Leaving Certificate Examination (including Day School Certificate (Higher) General paper), 1930
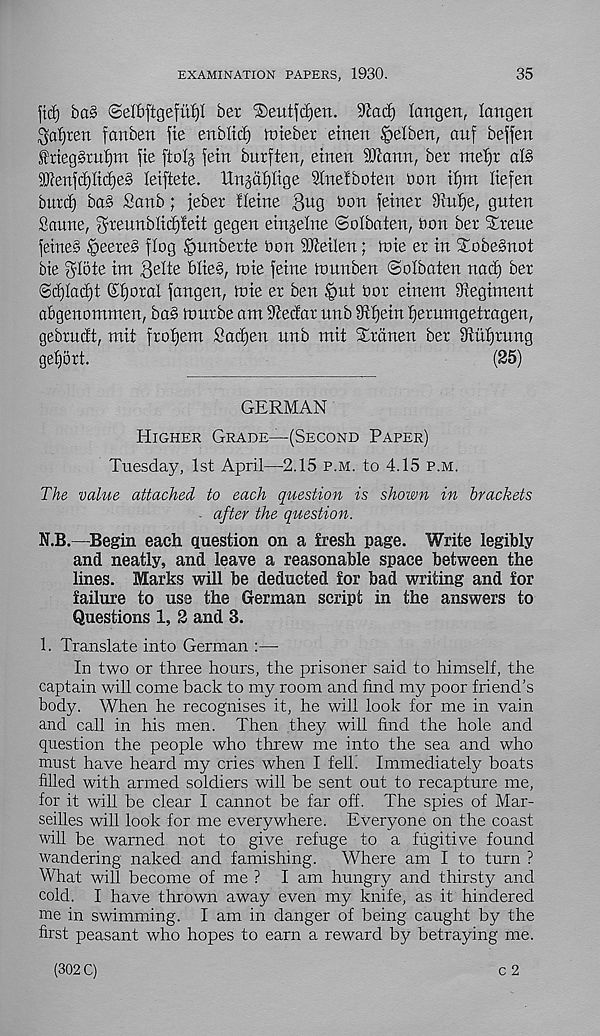
EXAMINATION PAPERS, 1930.
35
fid) ba§ ©elbftgefuf)! ber ®eutfd)en. 5Rad) langen, langen
^ai)cen fanben fie ertblid) toieber einen ^elben, aitf beffen
friegsrul)m fie ftolj fein burften, einert ®ann, ber meljr al§
iUienfd)Iid)e§ leiftete. UnjdI)Iige Sine! bo ten oon if)m liefen
burd) bag Sanb; feber tleine 3^9 btm feiner diutje, guten
Saune, ^reunblidjMt gegen eingeine Solbaten, oon ber Sreue
feineg ^eereg flog gmnberte Oon SUleilen; toie er in Xobegnot
bie glote im Belte blieg, toie feine tounben ©olbaten nad) ber
@d)Iad)t (St)oral fangen, inie er ben ^)ut bor einem Dtegiment
abgenomnten, bag tourbe am 9ledar nnb iRtfein fjerumgetragen,
gebrudt, mit frot)em Sadjen unb mit Xranen ber 9titt)rung
get)5rt.
(25)
GERMAN
Higher Grade—(Second Paper)
Tuesday, 1st April—2.15 p.m. to 4.15 p.m.
The value attached to each question is shown in brackets
■ after the question.
N.B.—Begin each question on a fresh page. Write legibly
and neatly, and leave a reasonable space between the
lines. Marks will be deducted for bad writing and for
failure to use the German script in the answers to
Questions 1, 2 and 3.
1. Translate into German :—
In two or three hours, the prisoner said to himself, the
captain will come back to my room and find my poor friend's
body. When he recognises it, he will look for me in vain
and call in his men. Then they will find the hole and
question the people who threw me into the sea and who
must have heard my cries when I fell. Immediately boats
filled with armed soldiers will be sent out to recapture me,
for it will be clear I cannot be far off. The spies of Mar-
seilles will look for me everywhere. Everyone on the coast
will be warned not to give refuge to a fugitive found
wandering naked and famishing.
Where am I to turn ?
What will become of me ? I am hungry and thirsty and
cold. I have thrown away even my knife, as it hindered
me in swimming. I am in danger of being caught by the
first peasant who hopes to earn a reward by betraying me.
c 2
(302 C)